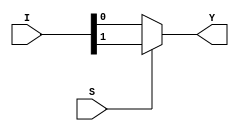
module mux2x1 (
    input [1:0]I, input S, output Y
);
    assign Y = S ? I[1] : I[0];
endmodule